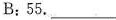
B:55.___